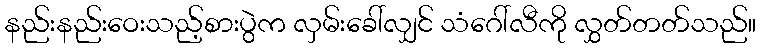
နည်းနည်းဝေးသည့်စားပွဲက လှမ်းခေါ်လျှင် သံဂေါ်လီကို လွှတ်တတ်သည်။